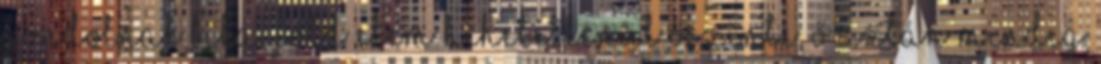
gondolnak Bika, Föld elem Hihetetlenül őszinte, ő aztán mindig